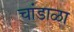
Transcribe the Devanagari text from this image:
चांडाळा